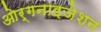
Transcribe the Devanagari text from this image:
ओर्गनाइजेशन